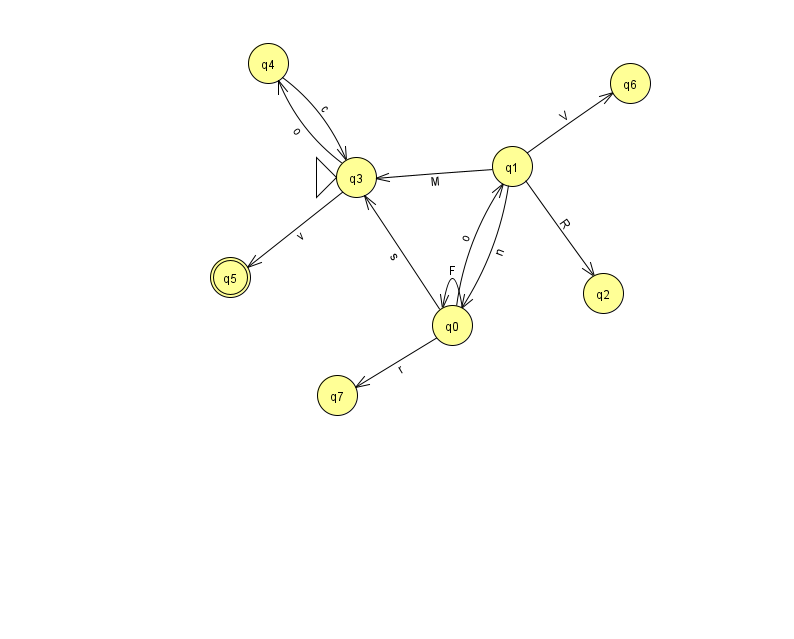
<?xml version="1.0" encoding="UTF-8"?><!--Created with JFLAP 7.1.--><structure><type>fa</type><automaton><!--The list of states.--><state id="0" name="q0"><x>452.0</x><y>312.0</y></state><state id="1" name="q1"><x>512.0</x><y>153.0</y></state><state id="2" name="q2"><x>603.0</x><y>280.0</y></state><state id="3" name="q3"><x>356.0</x><y>164.0</y><initial/></state><state id="4" name="q4"><x>268.0</x><y>50.0</y></state><state id="5" name="q5"><x>230.0</x><y>264.0</y><final/></state><state id="6" name="q6"><x>630.0</x><y>70.0</y></state><state id="7" name="q7"><x>337.0</x><y>382.0</y></state><!--The list of transitions.--><transition><from>1</from><to>3</to><read>M</read></transition><transition><from>4</from><to>3</to><read>c</read></transition><transition><from>3</from><to>5</to><read>v</read></transition><transition><from>0</from><to>0</to><read>F</read></transition><transition><from>0</from><to>1</to><read>o</read></transition><transition><from>0</from><to>3</to><read>s</read></transition><transition><from>1</from><to>0</to><read>n</read></transition><transition><from>0</from><to>7</to><read>r</read></transition><transition><from>1</from><to>6</to><read>V</read></transition><transition><from>3</from><to>4</to><read>o</read></transition><transition><from>1</from><to>2</to><read>R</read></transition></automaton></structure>